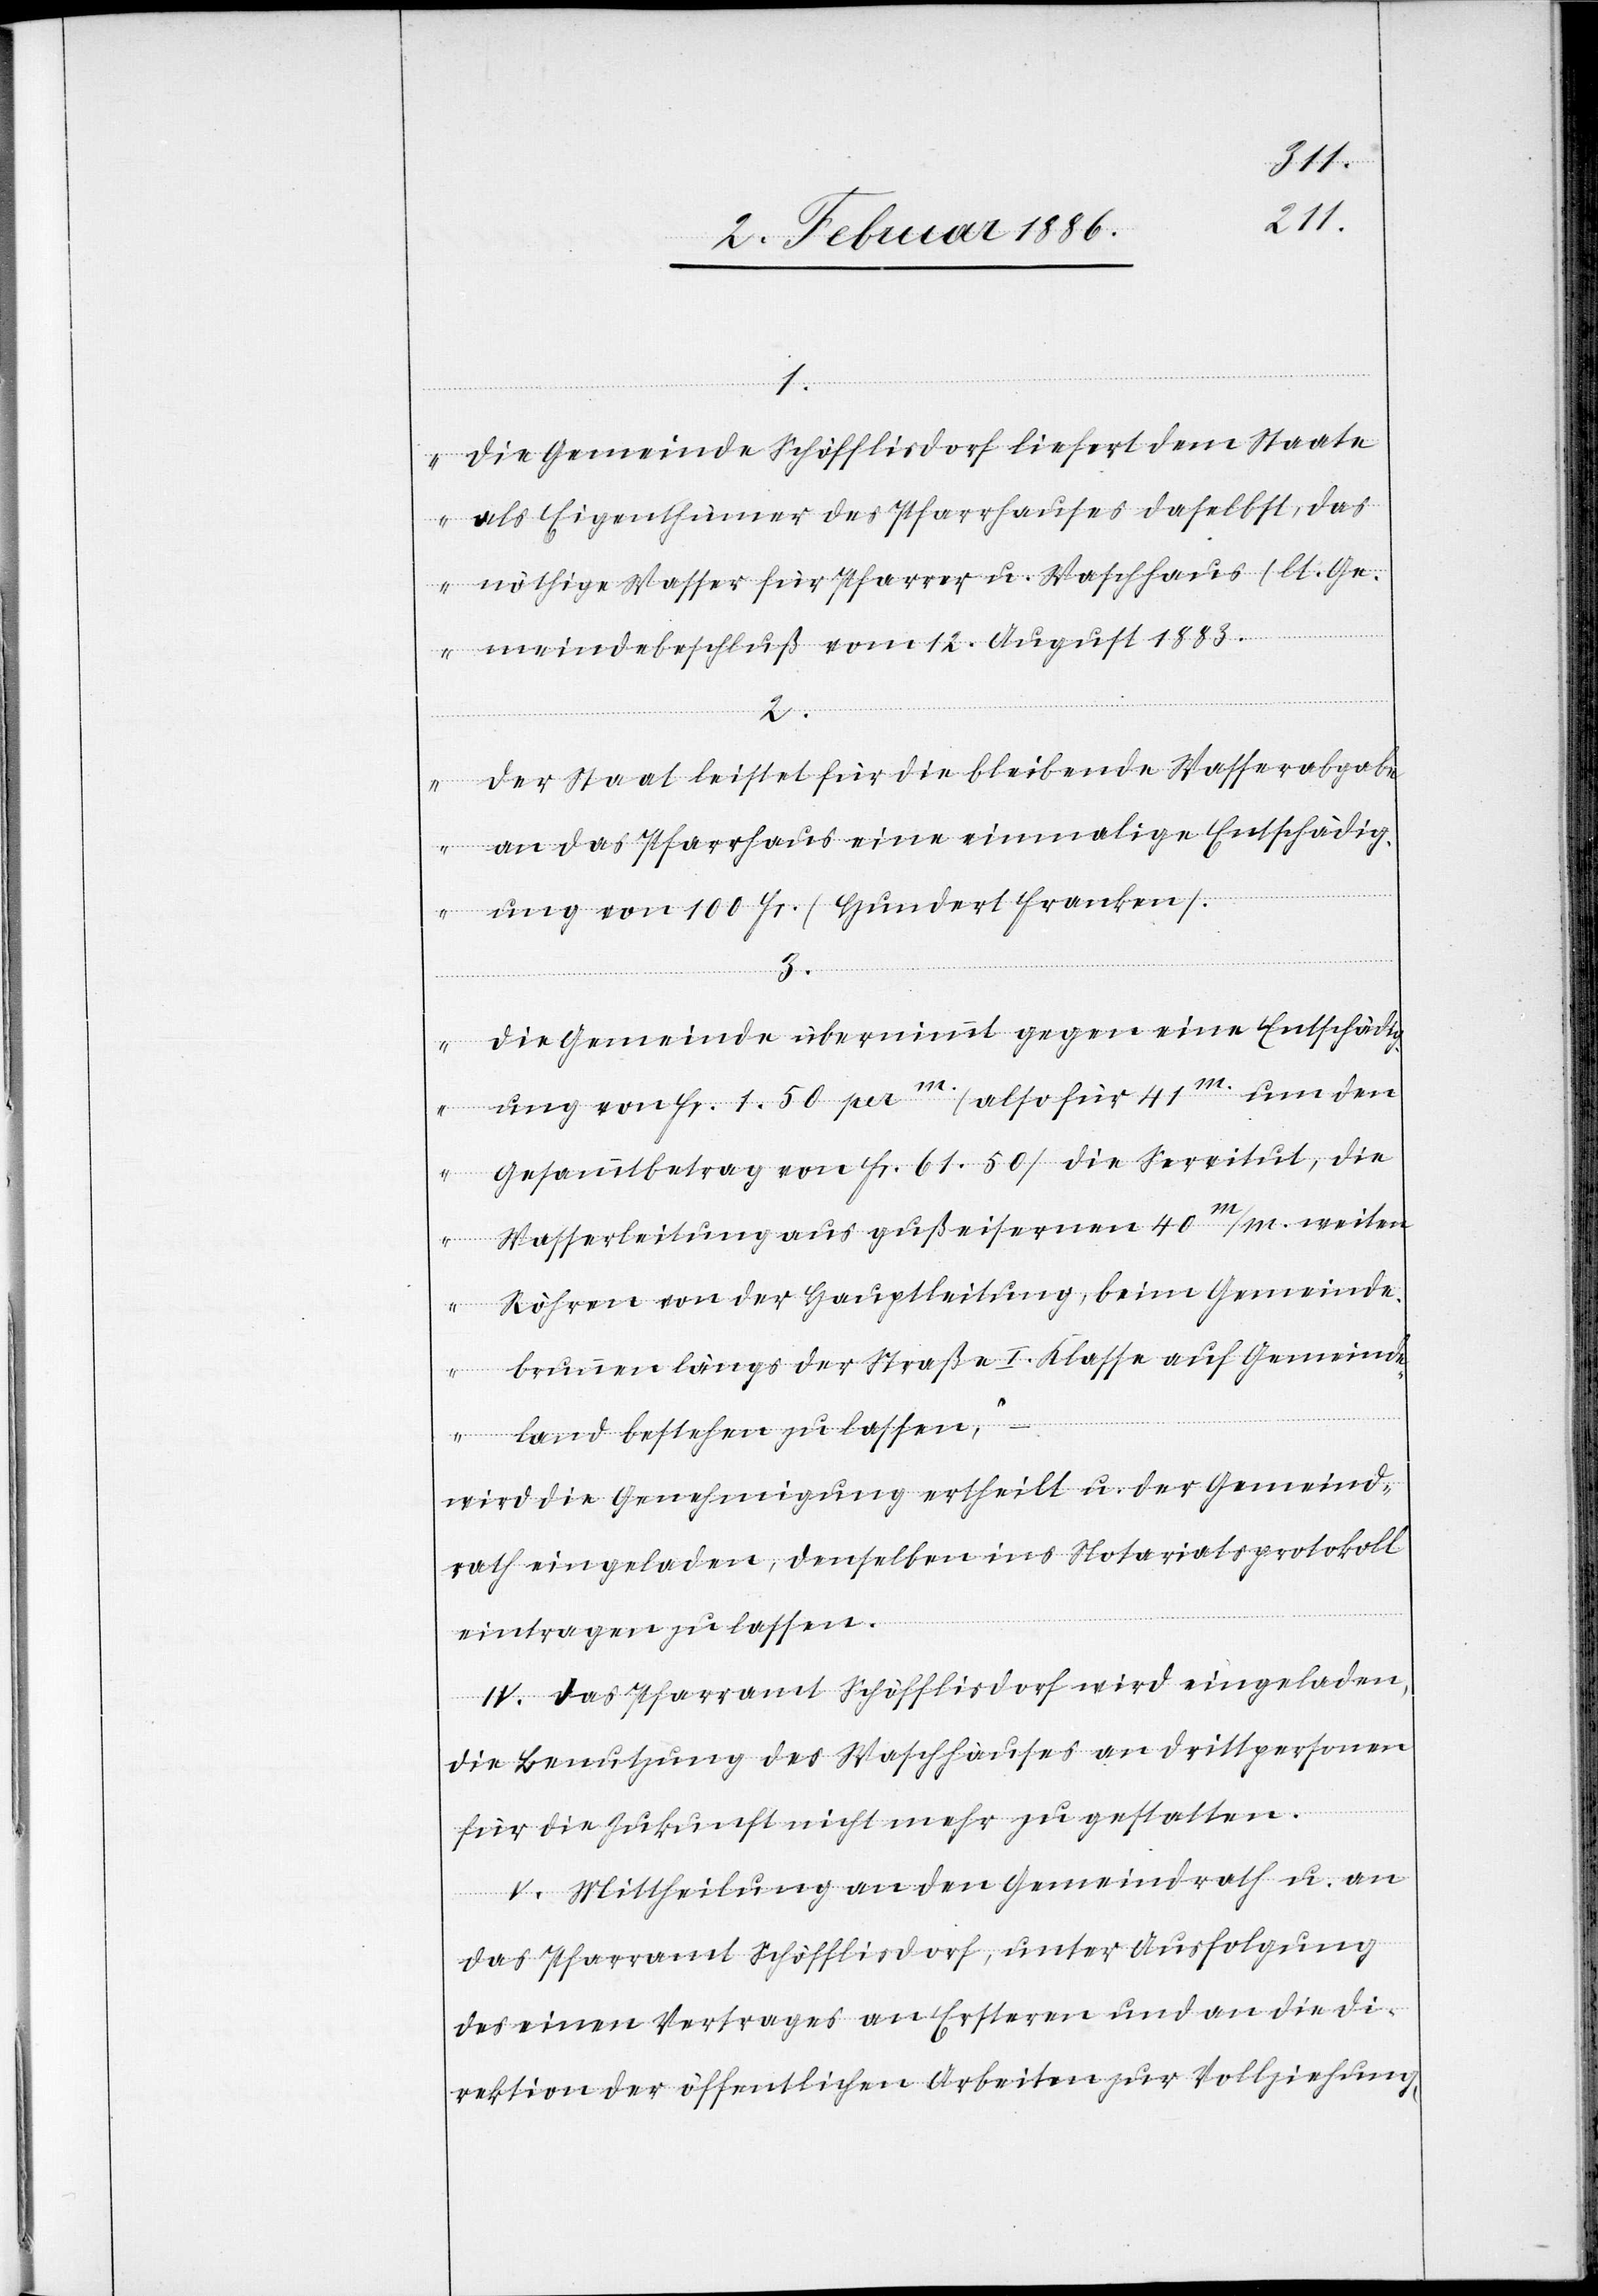
1.
Die Gemeinde Schöfflisdorf liefert dem Staate
als Eigenthümer des Pfarrhauses daselbst, das
nöthige Wasser für Pfarrer u. Waschhaus (lt. Ge¬
meindebeschluß vom 12. August 1883[)].
2.
Der Staat leistet für die bleibende Wasserabgab¬
e an das Pfarrhaus eine einmalige Entschädig¬
ung von 100 Fr. (Hundert Franken).
3.
Die Gemeinde übernimmt gegen eine Entschädig¬
ung von Fr. 1.50 pr. m (also für 41m um den
Gesammtbetrag von Fr. 61. 50) die Servitut, die
Wasserleitung aus gußeisernen 40 m/m weitere
Röhren in der Hauptleitung, beim Gemeinde¬
brunnen längs der Straße I. Klasse auf Gemeinde¬
lang bestehen zu lassen,“
–
wird die Genehmigung ertheilt u. der Gemeind¬
rath eingeladen, denselben ins Notariatsprotokoll
eintragen zu lassen.
IV. Das Pfarramt Schöfflisdorf wird eingeladen,
die Benutzung des Waschhauses an Drittpersonen
für die Zukunft nicht mehr zu gestatten.
V. Mittheilung an den Gemeindrath u. an
das Pfarramt Schöfflisdorf, unter Ausfolgerung
des einen Vertrages an Erstern und an die Di¬
rektion der öffentlichen Arbeiten zur Vollziehung,